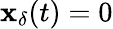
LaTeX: \mathbf{x}_{\delta}(t)=0